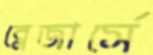
ব্লেজার্সে